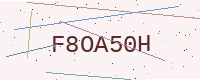
Text: F8OA50H